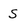
Character: S